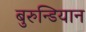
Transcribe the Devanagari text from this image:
बुरुन्डियान